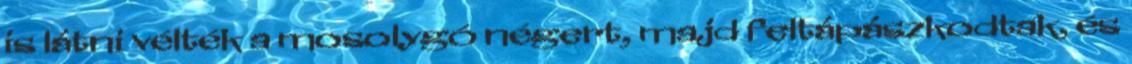
is látni vélték a mosolygó négert, majd feltápászkodtak, és